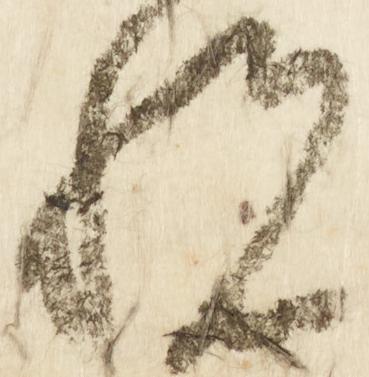
悦